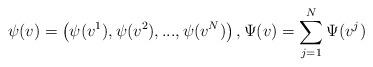
LaTeX: \begin{align*}\psi(v)=\left(\psi(v^1),\psi(v^2),...,\psi(v^N)\right), \Psi(v)= \sum\limits_{j=1}^{N}\Psi(v^j)\end{align*}